Lunatic asylums Punjab 1881-1894 - 1881-1894
Year: 1881
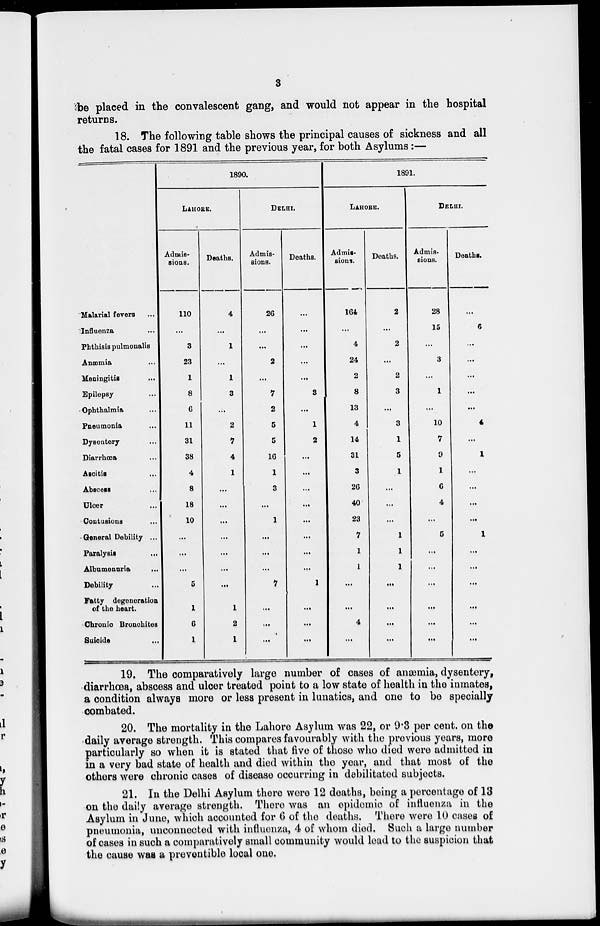
3
be placed in the convalescent gang, and would not appear in the hospital
returns.
18. The following table shows the principal causes of sickness and all
the fatal cases for 1891 and the previous year, for both Asylums:—
Malarial fevers ...
Influenza ...
Phthisis pulmonalis
Anæmia ...
Meningitis ...
Epilepsy ...
Ophthalmia ...
Pneumonia ...
Dysentery ...
Diarrhœa ...
Ascitis ...
Abscess ...
Ulcer ...
Contusions ...
General Debility ...
Paralysis ...
Albumenuria
...
Debility ...
Fatty degeneration
of the heart.
Chronic Bronohites
Suicide ...
1890.
LAHORE.
Admis-
sions.
110
...
3
23
1
8
6
11
31
38
4
8
18
10
...
...
...
5
1
6
1
Deaths.
4
...
1
...
1
3
...
2
7
4
1
...
...
...
...
...
...
...
1
2
1
DELHI.
Admis-
sions.
26
...
...
2
...
7
2
5
5
16
1
3
...
1
...
...
...
7
...
...
...
Deaths.
...
...
...
...
...
3
...
1
2
...
...
...
...
...
...
...
...
1
...
...
...
1891.
LAHORE.
Admis-
sions.
164
...
4
24
2
8
13
4
14
31
3
26
40
23
7
1
1
...
...
4
...
Deaths.
2
...
2
...
2
3
...
3
1
5
1
...
...
...
1
1
1
...
...
...
...
DELHI.
Admis-
sions.
28
15
...
3
...
1
...
10
7
9
1
6
4
...
5
...
...
...
...
...
...
Deaths.
...
6
...
...
...
...
...
4
...
1
...
...
...
...
1
...
...
...
...
...
...
19. The comparatively large number of cases of anæmia, dysentery,
diarrhœa, abscess and ulcer treated point to a low state of health in the inmates,
a condition always more or less present in lunatics, and one to be specially
combated.
20. The mortality in the Lahore Asylum was 22, or 9.3 per cent. on the
daily average strength. This compares favourably with the previous years, more
particularly so when it is stated that five of those who died were admitted in
in a very bad state of health and died within the year, and that most of the
others were chronic cases of disease occurring in debilitated subjects.
21. In the Delhi Asylum there were 12 deaths, being a percentage of 13
on the daily average strength. There was an epidemic of influenza in the
Asylum in June, which accounted for 6 of the deaths. There were 10 cases of
pneumonia, unconnected with influenza, 4 of whom died. Such a large number
of cases in such a comparatively small community would lead to the suspicion that
the cause was a preventible local one.